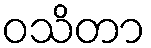
ဝသိတာ